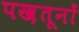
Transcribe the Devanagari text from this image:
पख़तूनों